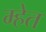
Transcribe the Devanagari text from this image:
म्हेत